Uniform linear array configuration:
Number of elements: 48
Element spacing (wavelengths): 0.75
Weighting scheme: uniform
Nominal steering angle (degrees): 15
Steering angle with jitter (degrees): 14.753
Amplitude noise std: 0.05
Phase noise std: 0.05

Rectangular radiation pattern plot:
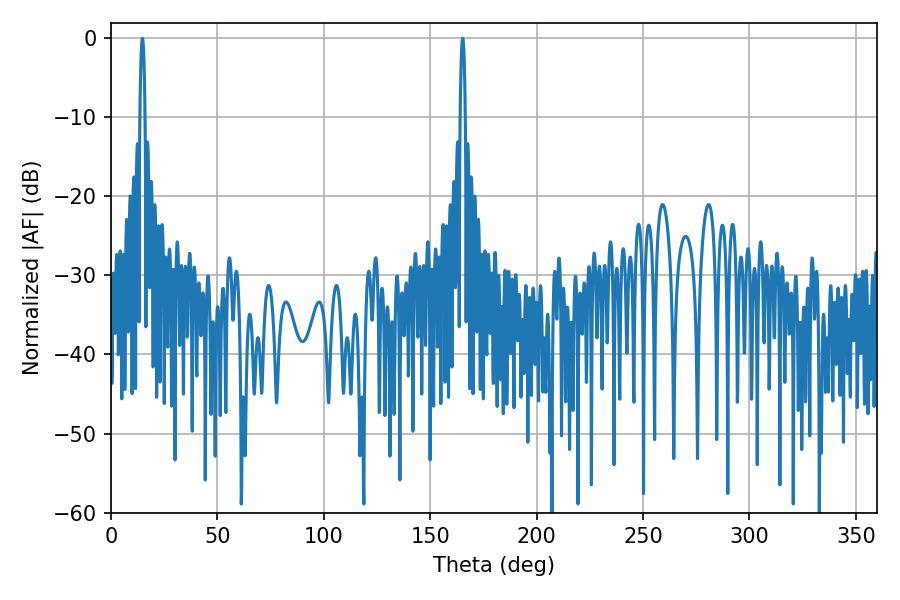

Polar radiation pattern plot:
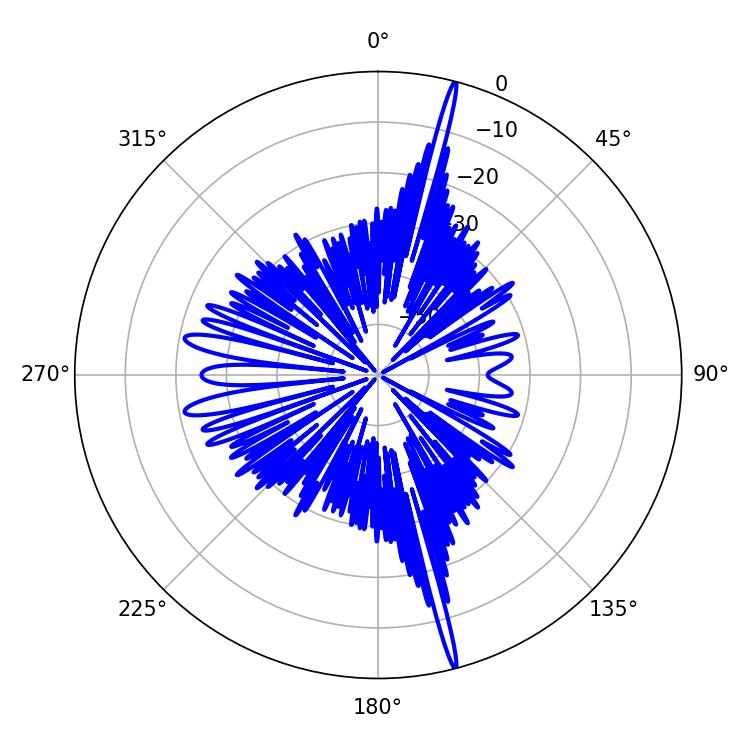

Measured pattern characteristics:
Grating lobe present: TRUE
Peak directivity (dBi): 22.145
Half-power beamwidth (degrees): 1.44
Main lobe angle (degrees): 14.76